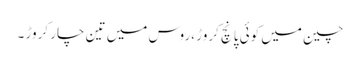
چین میں کوئی پانچ کروڑ ،روس میں تین چار کروڑ ۔